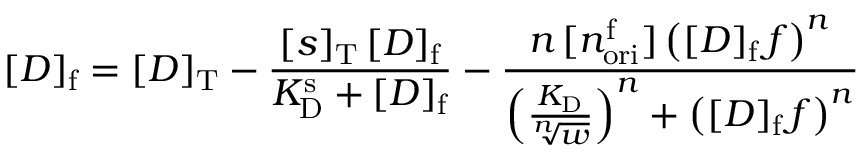
[ D ] _ { \mathrm { f } } = [ D ] _ { \mathrm { T } } - \frac { [ s ] _ { \mathrm { T } } \, [ D ] _ { \mathrm { f } } } { K _ { \mathrm { D } } ^ { \mathrm { s } } + [ D ] _ { \mathrm { f } } } - \frac { n \, [ n _ { \mathrm { o r i } } ^ { \mathrm { f } } ] \left( [ D ] _ { \mathrm { f } } \, f \right) ^ { n } } { \left( \frac { K _ { \mathrm { D } } } { \sqrt [ n ] { w } } \right) ^ { n } + \left( [ D ] _ { \mathrm { f } } \, f \right) ^ { n } }